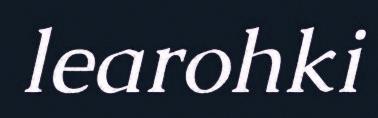
learohki